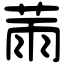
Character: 𦲸